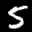
Label: 5